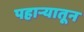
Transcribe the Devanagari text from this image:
पहाऱ्यातून